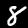
Label: 8